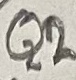
Text: Q2